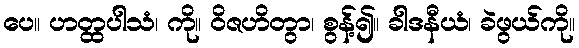
ပေ။ ဟတ္ထပါသံ၊ ကို။ ဝိဇဟိတွာ၊ စွန့်၍။ ခါဒနီယံ၊ ခဲဖွယ်ကို။